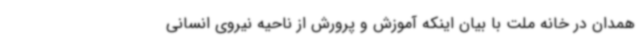
همدان در خانه ملت با بیان اینکه آموزش و پرورش از ناحیه نیروی انسانی